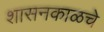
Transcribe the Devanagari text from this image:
शासनकाळचे